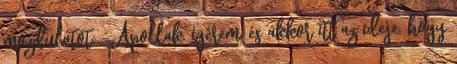
mozdulatot. -Ápollak, ígérem, és akkor itt az ideje, hogy